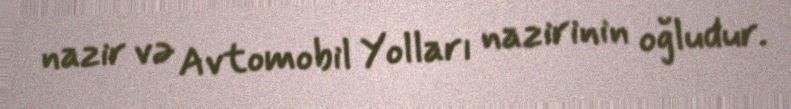
nazir və Avtomobil Yolları nazirinin oğludur.